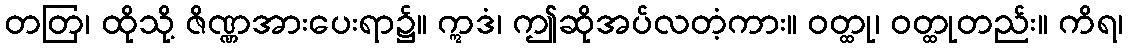
တတြ၊ ထိုသို့ ဇိဏ္ဏအားပေးရာ၌။ ဣဒံ၊ ဤဆိုအပ်လတံ့ကား။ ဝတ္ထု၊ ဝတ္ထုတည်း။ ကိရ၊